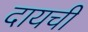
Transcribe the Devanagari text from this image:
दायची